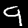
Label: 9